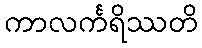
ကာလင်္ကရိဿတိ